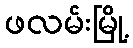
ဖလမ်းမြို့